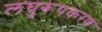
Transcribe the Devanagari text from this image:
लघुरूपकरण